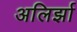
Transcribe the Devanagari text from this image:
अलिर्झा